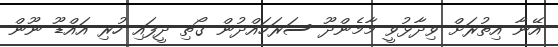
އޭނާ އިތުރަށް ވިދާޅުވީ މާމެންދޫ ސަރަހައްދުން ގޯތި ދީފައި ހުރި އައްޑޫ ނޫން